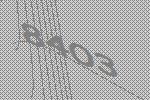
8403